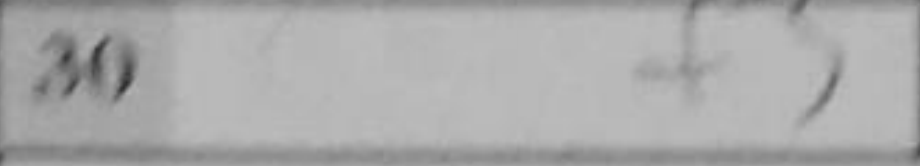
Transcription: f3